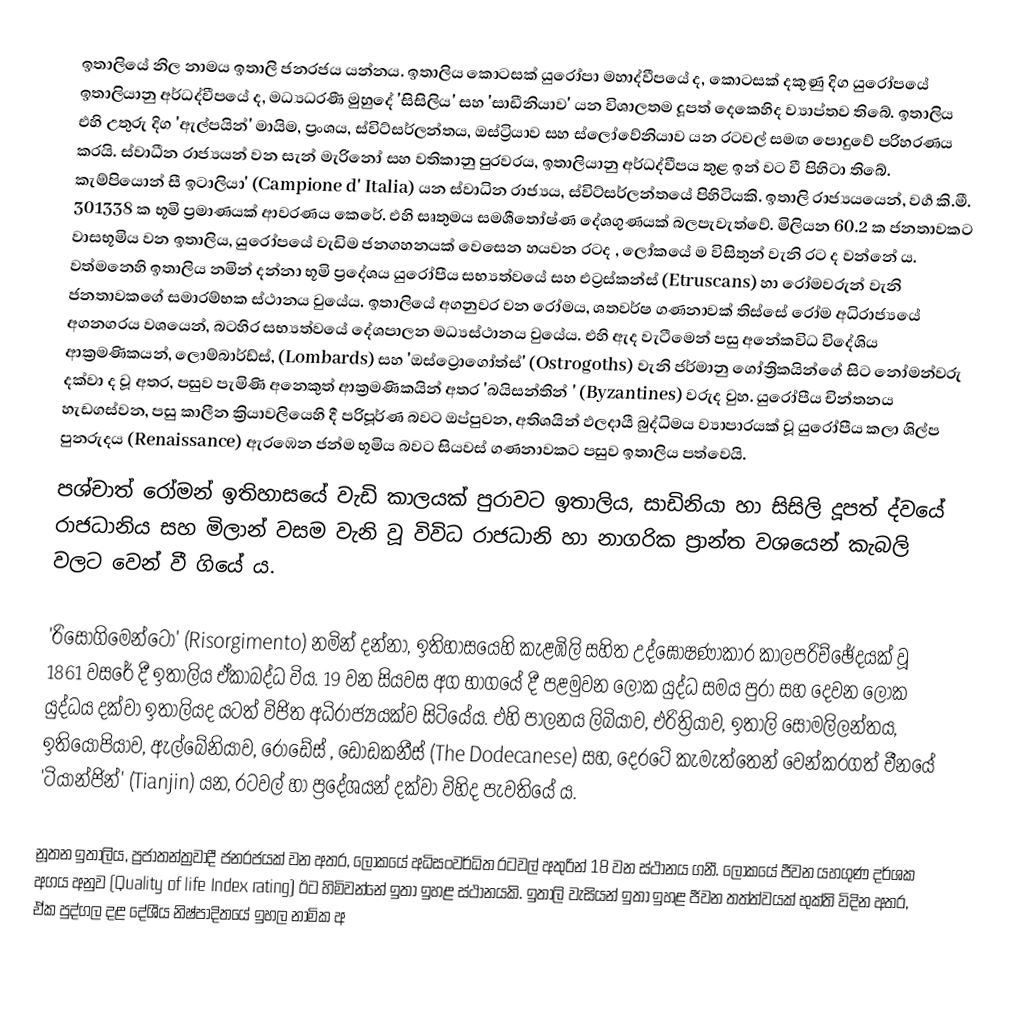
ඉතාලියේ නිල නාමය ඉතාලි ජනරජය යන්නය. ඉතාලිය කොටසක් යුරෝපා මහාද්වීපයේ ද, කොටසක් දකුණු දිග යුරෝපයේ ඉතාලියානු අර්ධද්වීප‍යේ ද, මධ්‍යධරණී මුහුදේ 'සිසිලිය' සහ 'සාඩීනියාව' යන විශාලතම දූපත් දෙකෙහිද ව්‍යාප්තව තිබේ. ඉතාලිය එහි උතුරු දිග 'ඇල්පයින්' මායිම, ප්‍රංශය, ස්විට්සර්ලන්තය, ඔස්ට්‍රියාව සහ ස්ලෝවේනියාව යන රටවල් සමඟ පොදුවේ පරිහරණය කරයි. ස්වාධීන රාජ්‍යයන් වන සැන් මැරිනෝ සහ වතිකානු පුරවරය, ඉතාලියානු අර්ධද්වීපය තුළ ඉන් වට වී පිහිටා තිබේ. කැම්පියොන් සී ඉටාලියා' (Campione d' Italia) යන ස්වාධින රාජ්‍යය, ස්විට්සර්ලන්තයේ පිහිටියකි. ඉතාලි රාජ්‍යයයෙන්, වර්‍ග කි.මී. 301338 ක භූමි ප්‍රමාණයක් ආවරණය කෙරේ. එහි සෘතුමය සමශීතෝෂ්ණ දේශගුණයක් බලපැවැත්වේ. මිලියන 60.2 ක ජනතාවකට වාසභූමිය වන ඉතාලිය, යුරෝපයේ වැඩිම ජනගහනයක් වෙසෙන හයවන රටද , ලෝකයේ ම විසිතුන් වැනි රට ද වන්නේ ය. වත්මනෙහි ඉතාලිය නමින් දන්නා භූමි ප්‍රදේශය යුරෝපීය සභ්‍යත්වයේ සහ එට්‍රස්කන්ස් (Etruscans) හා රෝමවරුන් වැනි ජනතාවකගේ  සමාරම්භක ස්ථානය වුයේය. ඉතාලියේ අගනුවර වන රෝමය, ශතවර්ෂ ගණනාවක් තිස්සේ රෝම අධිරාජ්‍යයේ අගනගරය වශයෙන්, බටහිර සභ්‍යත්වයේ දේශපාලන මධ්‍යස්ථානය වුයේය. එහි ඇද වැටීමෙන් පසු අනේකවිධ විදේශිය ආක්‍රමණිකයන්, ලොම්බාර්ඩ්ස්, (Lombards) සහ 'ඔස්ට්‍රොගෝත්ස්' (Ostrogoths) වැනි ජර්මානු ගෝත්‍රිකයින්ගේ සිට නෝමන්වරු දක්වා ද වූ අතර, පසුව පැමිණි අනෙකුත් ආක්‍රමණිකයින් අතර 'බයිසන්තින් ' (Byzantines) වරුද වුහ. යුරෝපීය චින්තනය හැඩගස්වන, පසු කාලීන  ක්‍රියාවලියෙහි දී පරිපූර්ණ බවට ඔප්පුවන, අතිශයින් ඵලදායී බුද්ධිමය ව්‍යාපාරයක් වූ යුරෝපීය කලා ශිල්ප පුනරුදය (Renaissance) ඇරඹෙන ජන්ම භූමිය බවට සියවස් ගණනාවකට පසුව ඉතාලිය පත්වෙයි.
පශ්චාත් රෝමන් ඉතිහාසයේ වැඩි කාලයක් පුරාවට ඉතාලිය, සාඩිනියා හා සිසිලි දූපත් ද්වයේ රාජධානිය සහ මිලාන් වසම වැනි වූ විවිධ රාජධානි හා නාගරික ප්‍රාන්ත වශයෙන් කැබලි වලට වෙන් වී ගියේ ය.

'රිසෝගිමෙන්ටෝ' (Risorgimento) නමින් දන්නා, ඉතිහාසයෙහි කැළඹිලි සහිත උද්ඝෝෂණාකාර කාලපරිච්ඡේදයක් වූ 1861 වසරේ දී ඉතාලිය ඒකාබද්ධ විය. 19 වන සියවස අග භාගයේ දී ‍පළමුවන ලෝක යුද්ධ සමය පුරා සහ දෙවන ලෝක යුද්ධය දක්වා ඉතාලියද යටත් විජිත අධිරාජ්‍යයක්ව සිටියේය. එහි පාලනය ලිබියාව, එරිත්‍රියාව, ඉතාලි සෝමලිලන්තය, ඉතියෝපියාව, ඇල්බේනියාව, රොඩේස් , ඩොඩකනීස් (The Dodecanese)  සහ, දෙරටේ කැමැත්තෙන් වෙන්කරගත් චීනයේ 'ටියාන්ජින්' (Tianjin) යන, රටවල් හා ප්‍රදේශයන් දක්වා විහිද පැවතියේ ය.

නූතන ඉතාලිය, ප්‍රජාතන්ත්‍රවාදී ජනරජයක් වන අතර, ලෝකයේ අධිසංවර්ධිත රටවල් අතුරින් 18 වන ස්ථානය ගනී. ලෝකයේ ජීවන යහගුණ  දර්ශක අගය අනුව (Quality of life Index rating)  ඊට හිමිවන්නේ ඉතා ඉහළ ස්ථානයකි. ඉතාලි වැසියන් ඉතා ඉහළ ජීවන තත්ත්වයක් භුක්ති විදින අතර, ඒක පුද්ගල දළ දේශීය නිෂ්පාදිතයේ ඉහල නාමික අ